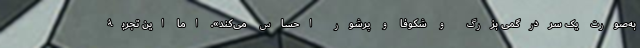
به‌صورت یک سردرگمیِ بزرگ و شکوفا و پرشور احساس می‌کند». اما این تجربۀ